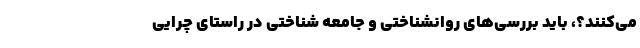
می‌کنند؟، باید بررسی‌های روانشناختی و جامعه شناختی در راستای چرایی